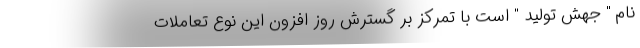
نام " جهش تولید " است با تمرکز بر گسترش روز افزون این نوع تعاملات